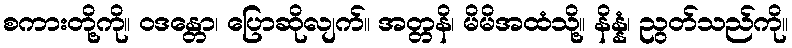
စကားတို့ကို။ ဝဒန္တော၊ ပြောဆိုလျက်။ အတ္တနိ၊ မိမိအထံသို့။ နိန္နံ၊ ညွတ်သည်ကို။